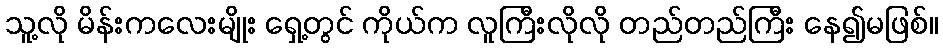
သူ့လို မိန်းကလေးမျိုး ရှေ့တွင် ကိုယ်က လူကြီးလိုလို တည်တည်ကြီး နေ၍မဖြစ်။